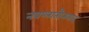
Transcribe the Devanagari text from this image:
नवप्लातौनवाद